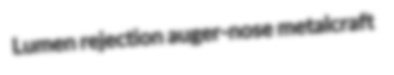
Lumen rejection auger-nose metalcraft